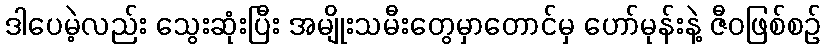
ဒါပေမဲ့လည်း သွေးဆုံးပြီး အမျိုးသမီးတွေမှာတောင်မှ ဟော်မုန်းနဲ့ ဇီဝဖြစ်စဉ်